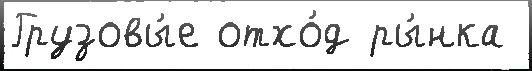
Грузовы́е отхо́д ры́нка